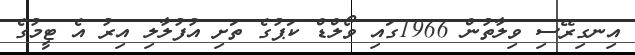
އިނގިރޭސި ވިލާތުން 1966ގައި ވޯލްޑް ކަޕުގެ ތަށި އުފުލާލި އިރު އެ ޓީމުގެ